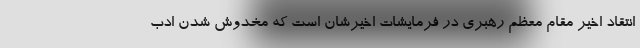
انتقاد اخیر مقام معظم رهبری در فرمایشات اخیرشان است که مخدوش شدن ادب